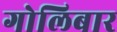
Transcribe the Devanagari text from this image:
गोलिबार